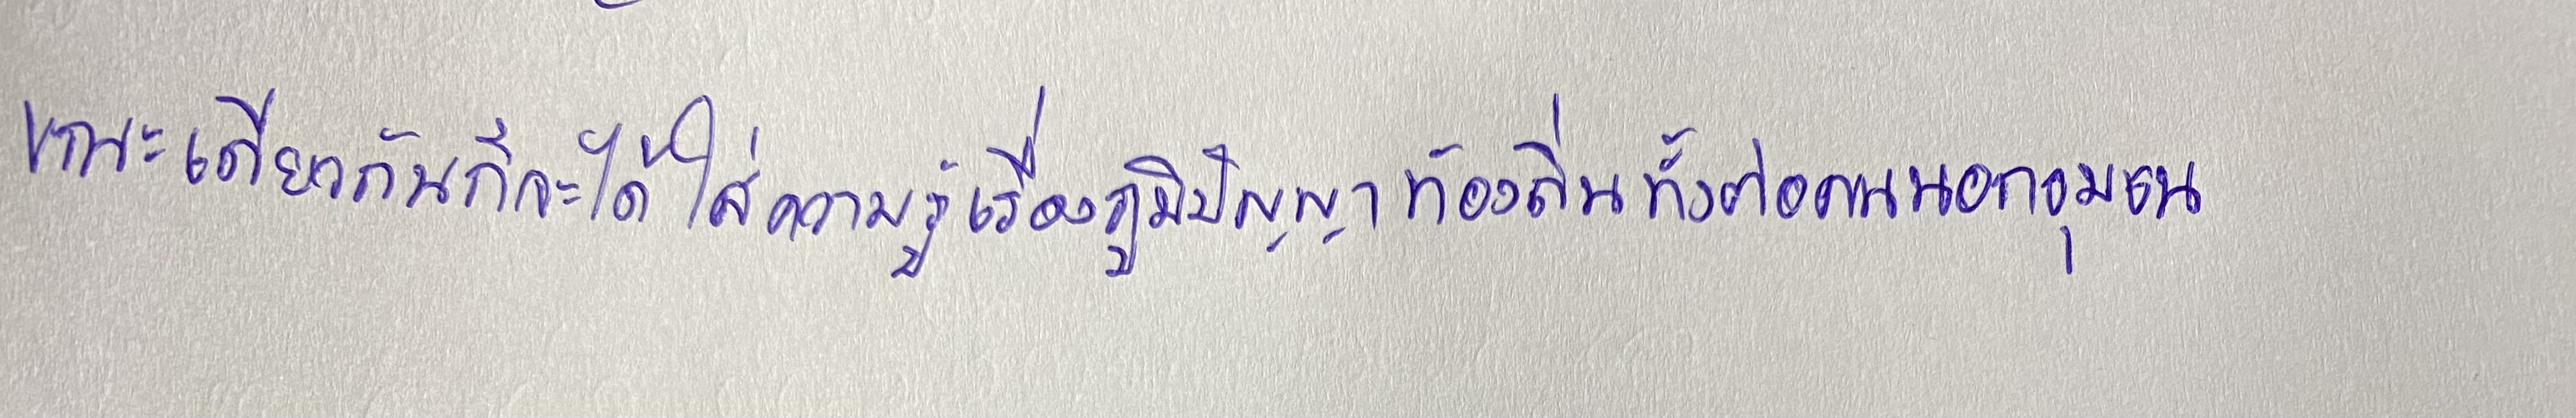
ขณะเดียวกันก็จะได้ใส่ความรู้เรื่องภูมิปัญญาท้องถิ่นทั้งต่อคนนอกชุมชน